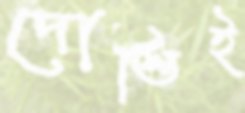
দোস্তিই